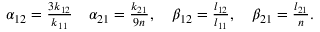
\begin{array} { r } { \alpha _ { 1 2 } = \frac { 3 k _ { 1 2 } } { k _ { 1 1 } } \quad \alpha _ { 2 1 } = \frac { k _ { 2 1 } } { 9 n } , \quad \beta _ { 1 2 } = \frac { l _ { 1 2 } } { l _ { 1 1 } } , \quad \beta _ { 2 1 } = \frac { l _ { 2 1 } } { n } . } \end{array}